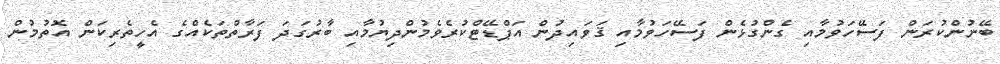
ބޭނުންކުރަން ފަސޭހަވުމާއި ގެންގުޅެން ފަސޭހަވުމާއި ޤަވައިދުން އަޕްޑޭޓްކުރެވެމުންދިޔުމާއި ބާރުގަދަ ފަރާތްތަކެއްގެ އެހީތެރިކަން އޮތުމުން